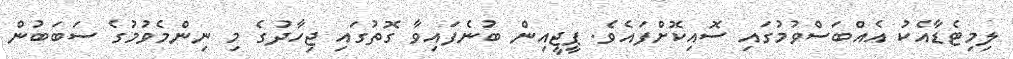
ލިމިޓެޑާއެކު އެއްބަސްވުމުގައި ސޮއިކޮށްފައެވެ. ޕީޖީއިން ބުނެފައިވާ ގޮތުގައި ޖިހާދުގެ މި ނިންމެވުމުގެ ސަބަބުން